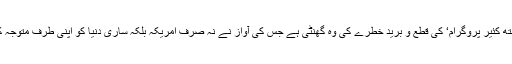
اوباما کے’ ہیلتھ کئیر پروگرام‘ کی قطع و برید خطرے کی وہ گھنٹی ہے جس کی آواز نے نہ صرف امریکہ بلکہ ساری دنیا کو اپنی طرف متوجہ کر رکھا ہے ۔